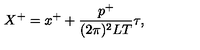
X ^ { + } = x ^ { + } + \frac { p ^ { + } } { ( 2 \pi ) ^ { 2 } L T } \tau ,